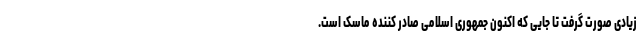
زیادی صورت گرفت تا جایی که اکنون جمهوری اسلامی صادر کننده ماسک است.